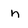
Character: h